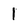
Character: 1